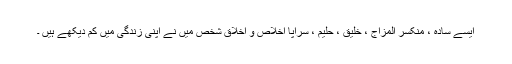
ایسے سادہ ، منکسر المزاج ، خلیق ، حلیم ، سراپا اخلاص و اخلاق شخص میں نے اپنی زندگی میں کم دیکھے ہیں ۔